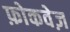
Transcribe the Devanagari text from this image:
फ़ोकवेज़